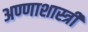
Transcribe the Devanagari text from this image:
अण्णाशास्त्री